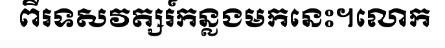
ពីរទសវត្សរ៍កន្លងមកនេះ។លោក